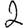
Digit: 2